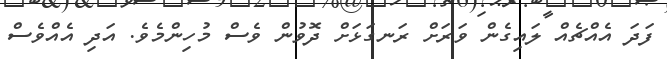
ފަދަ އެއްޗެއް ލައިގެން ވަރަށް ރަނގަޅަށް ދޮވުން ވެސް މުހިންމެވެ. އަދި އެއްވެސް